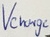
Text: Vcharge